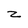
Character: z